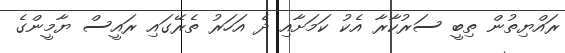
ރައްޔިތުން ތިބީ ސަރުކާރާ އެކު ކަމަށާއި ދެ އަހަރު ތެރޭގައި ރައީސް ޔާމީންގެ